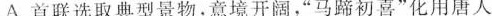
A.首联选取典型景物。意境开阔，”马蹄初喜”化用唐人